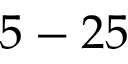
5 - 2 5